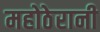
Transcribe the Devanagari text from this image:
महोठेरानी